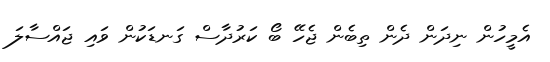
އެމީހުން ނިދަން ދެން ތިބެން ޖެހޭ ބޯ ކަރުދާސް ގަނޑަކުން ވައި ޖައްސާލަ